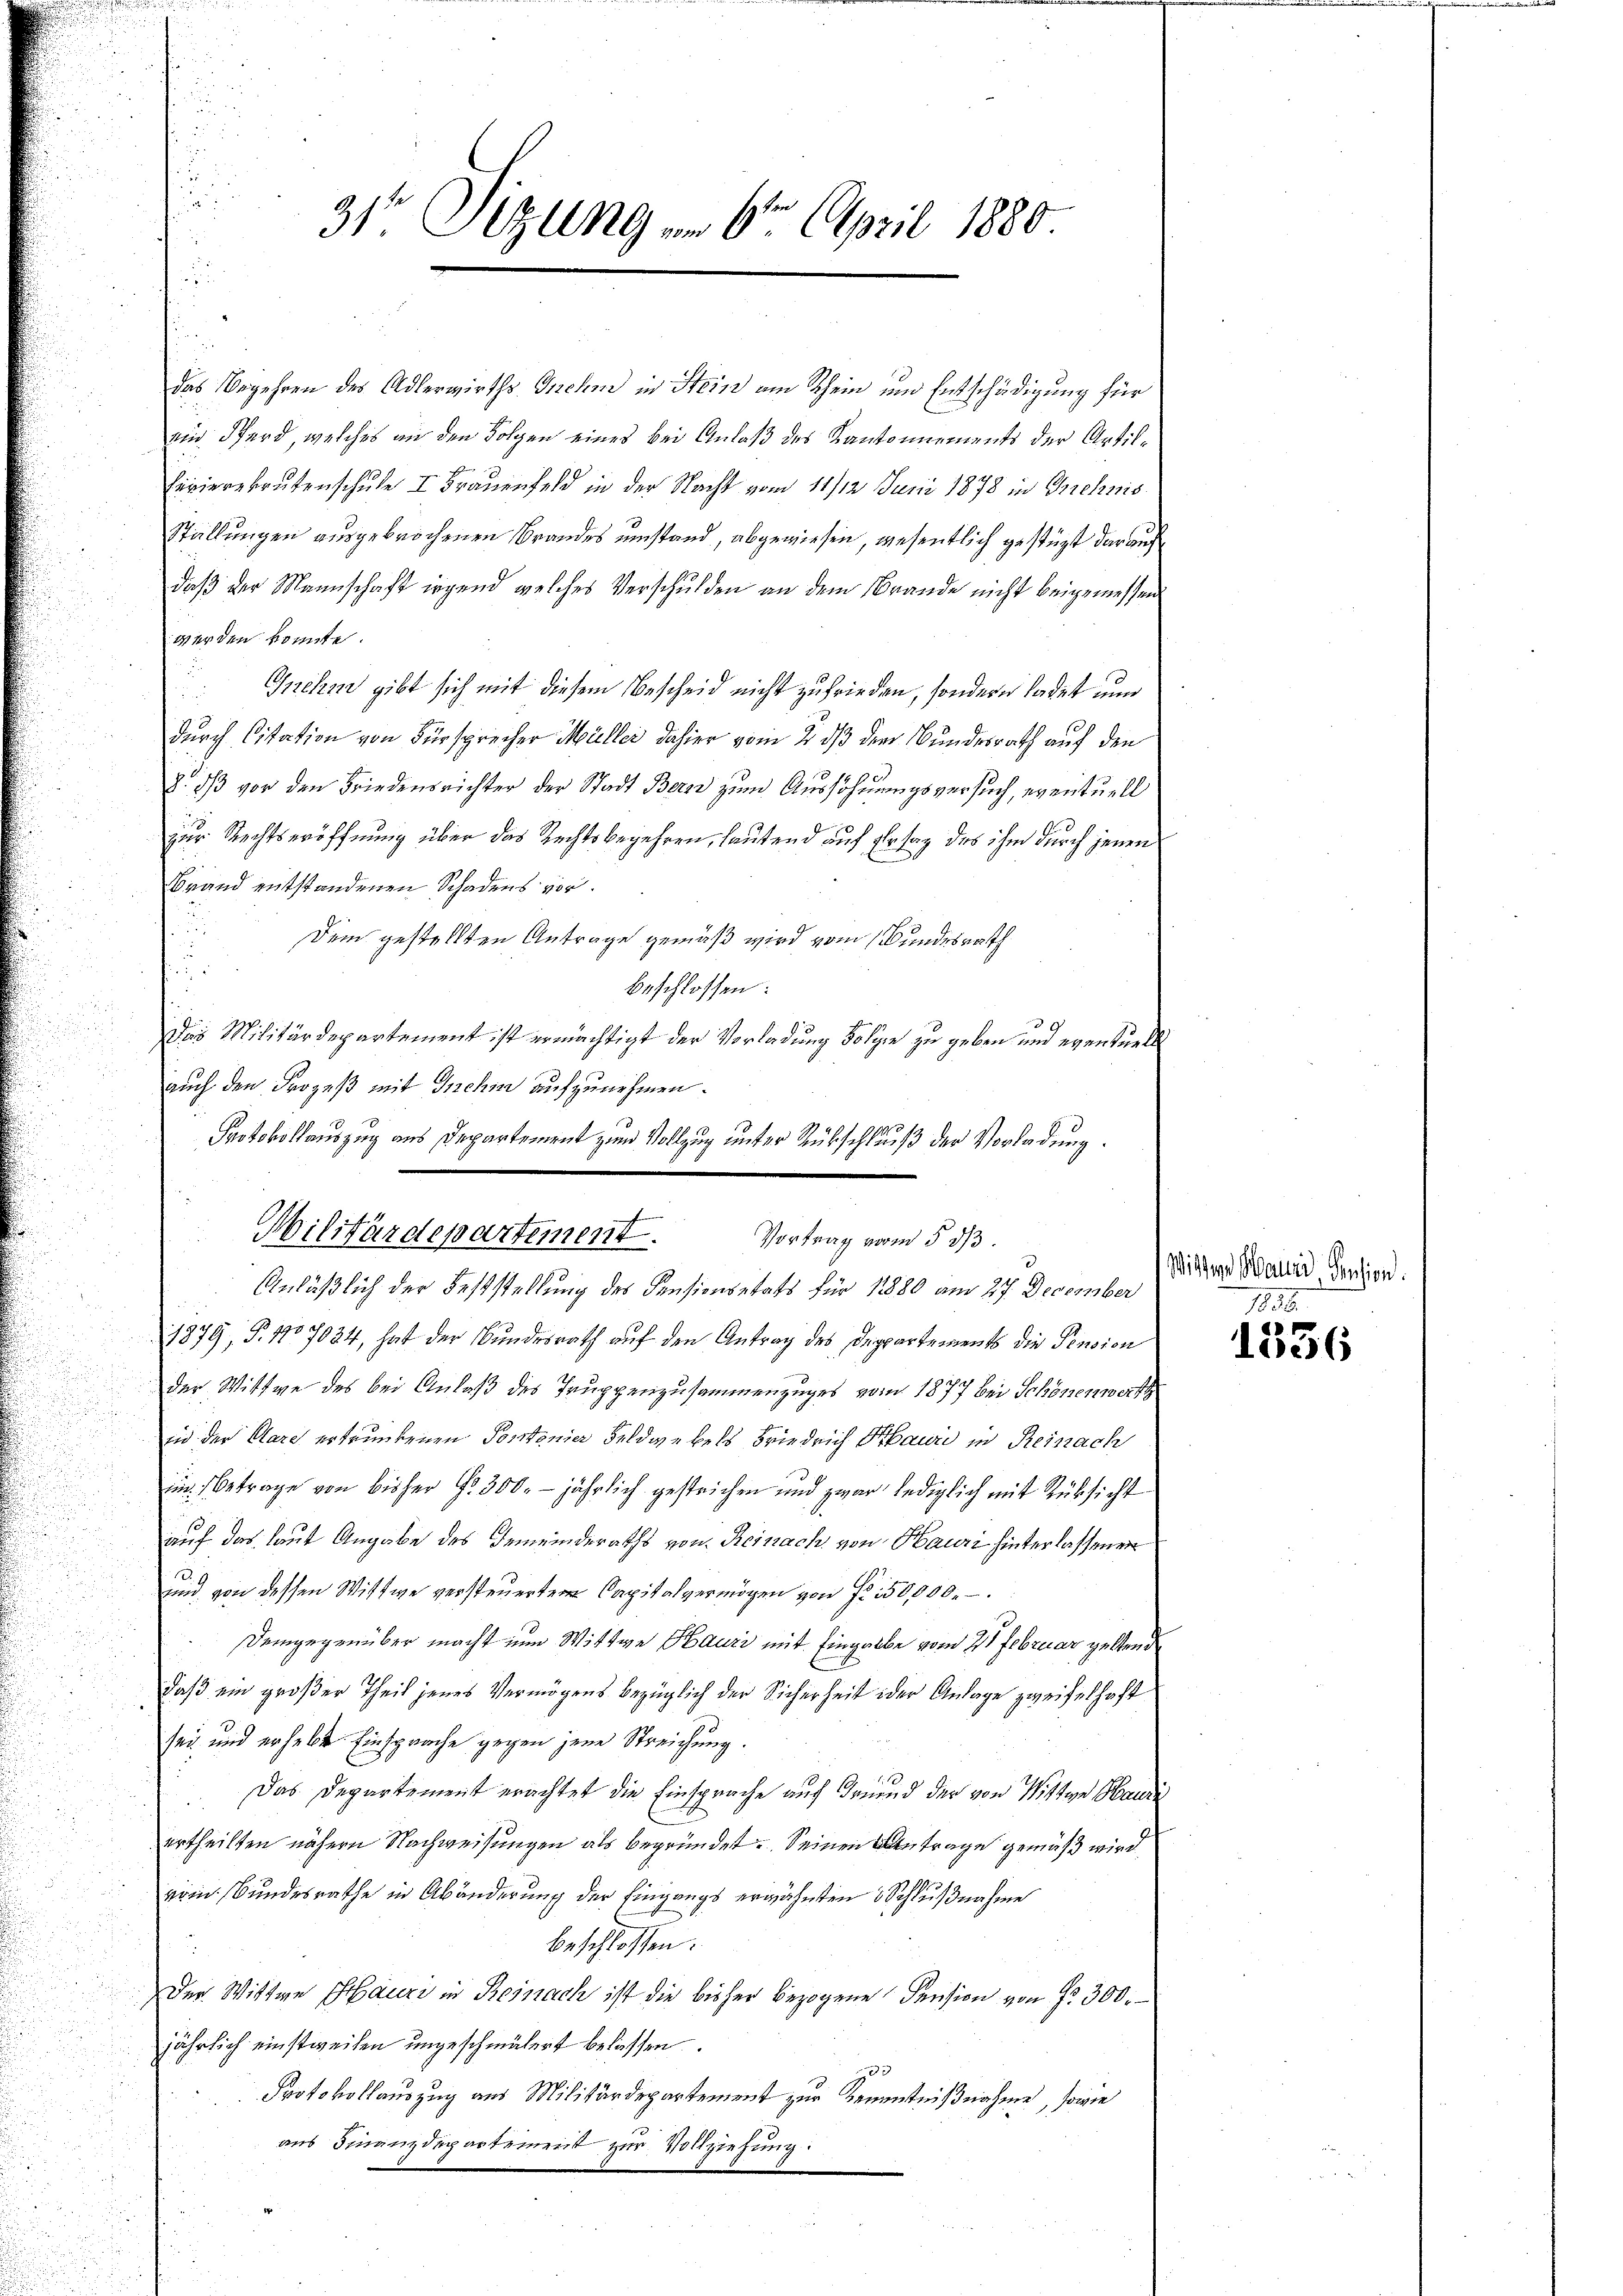
31ten Sizungen 6t April 1880

das Begehren des Adlerwirths- Gnehm in Stein am Schein und Entschädigung für
ai Pferd, welches an den Folgen eines bei Anlaß des Kantonnements der Artil¬
Eivierekrutenschule I Frauenfeld in der Nacht vom 11/12. Juni 1878 in Grechnis
Stellungen ausgebrochenen Brandes umstand, abgewiesen, wesentlich gestüzt darauf
daß der Mannschaft irgend welches Verschulden an dem Brande nicht beigemessen
werden könnte.
Gehm gibt sich mit diesem Bescheid nicht zufrieden, sondern ladet und
durch Citation von Fürsprecher Müller dahier vom 2 dß der Bundesrath auf den
8. dβ vor den Friedensrichter der Stadt Bern zŭm Aŭssohnŭngsversuch, eventuell
zur Rechtseröffnung über das Rechtsbegehren, lautend auf Erstag des ihm durch jenen
Brand entstandenen Schadens vor.
Dem gestellten Antrage gemäß wird vom Bundesrath
beschlossen:
Das Militärdepartement ist ermächtigt der Vorladung Folge zu geben und eventuell
1879, P. 1107034, hat der Bundesrath auf den Antrag des Deppartements die Pension
der Wittwe des bei Anlaß des Truppenzusammenzuges vom 1877 bei Schönenwerth
in der Aare ertrunkenen Portonier Feldwebels Friedrich Maur in Reinach
im Betrage von bisher No. 300. jährlich gestrichen und zwar lediglich mit Rücksicht
auf das laut Angabe des Gemeinderaths von Reinach von Hauri hinterlassenen
und von dessen Wittwe versteuerten Capitalvermögen von Fr. 150,000.
Demgegenüber macht nun Wittwe Hauri mit Eingabe vom 21 Februar geltend
daß ein großer Theil jenes Vermögens bezüglich der Sicherheit der Anlage zweifelhaft
sei und erhebt Einsprache gegen jene Streichung.
Das Departement erachtet die Einsprache auf Freund der von Wittwe Hande
ertheilten nähern Nachweisungen als begründet. Seinen Antrage gemäß wird,
erin Bundesrathe in Abänderung der Eingangs erwähnten 3 Schlußnahme
beschlossen:
Der Wittwe Erbäuri in Reinach ist die bisher bezogene Pension von Fr. 300.
jährlich einstweilen ungeschmälert belassen.
100
Protokollauszug aus Militärdepartement zur Kenntnißnahme, sowie
aus Finanzdepartement zur Vollziehung:

auch den Prozeß mit Gnehm aufzunehmen.
Protokollauszug aus Departement zum Vollzug unter Rückschluß der Vorladung.
Militärdepartement.
Vortrag vom 5 3/3
Anläßlich der Feststellung des Pensionsetats für 1880 am 27. December

Witzern Mauer, Pension.

1836.
1336